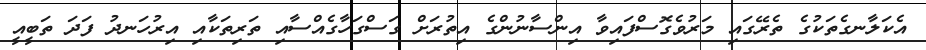
އެކަލާނގެތަކުގެ ތެރޭގައި މަރުވެގޮސްފައިވާ އިންސާނުންގެ އިތުރަށް ގަސްގަހާގެއްސާއި ތަރިތަކާއި އިރުހަނދު ފަދަ ތަބީއީ